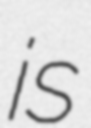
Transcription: is